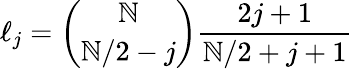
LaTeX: \ell_{j}=\binom{\mathbb{N}}{\mathbb{N}/2-j}\frac{{2j+1}}{{\mathbb{N}/2+j+1}}